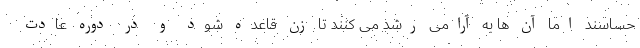
حساسند اما آن ها به آرامی رشد می کنند تا زن قاعده شود و در دوره عادت